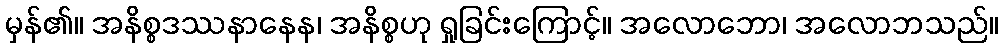
မှန်၏။ အနိစ္စဒဿနာနေန၊ အနိစ္စဟု ရှုခြင်းကြောင့်။ အလောဘော၊ အလောဘသည်။